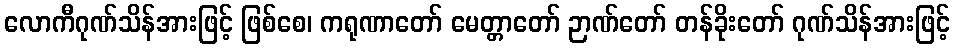
လောကီဂုဏ်သိန်အားဖြင့် ဖြစ်စေ၊ ကရုဏာတော် မေတ္တာတော် ဉာဏ်တော် တန်ခိုးတော် ဂုဏ်သိန်အားဖြင့်